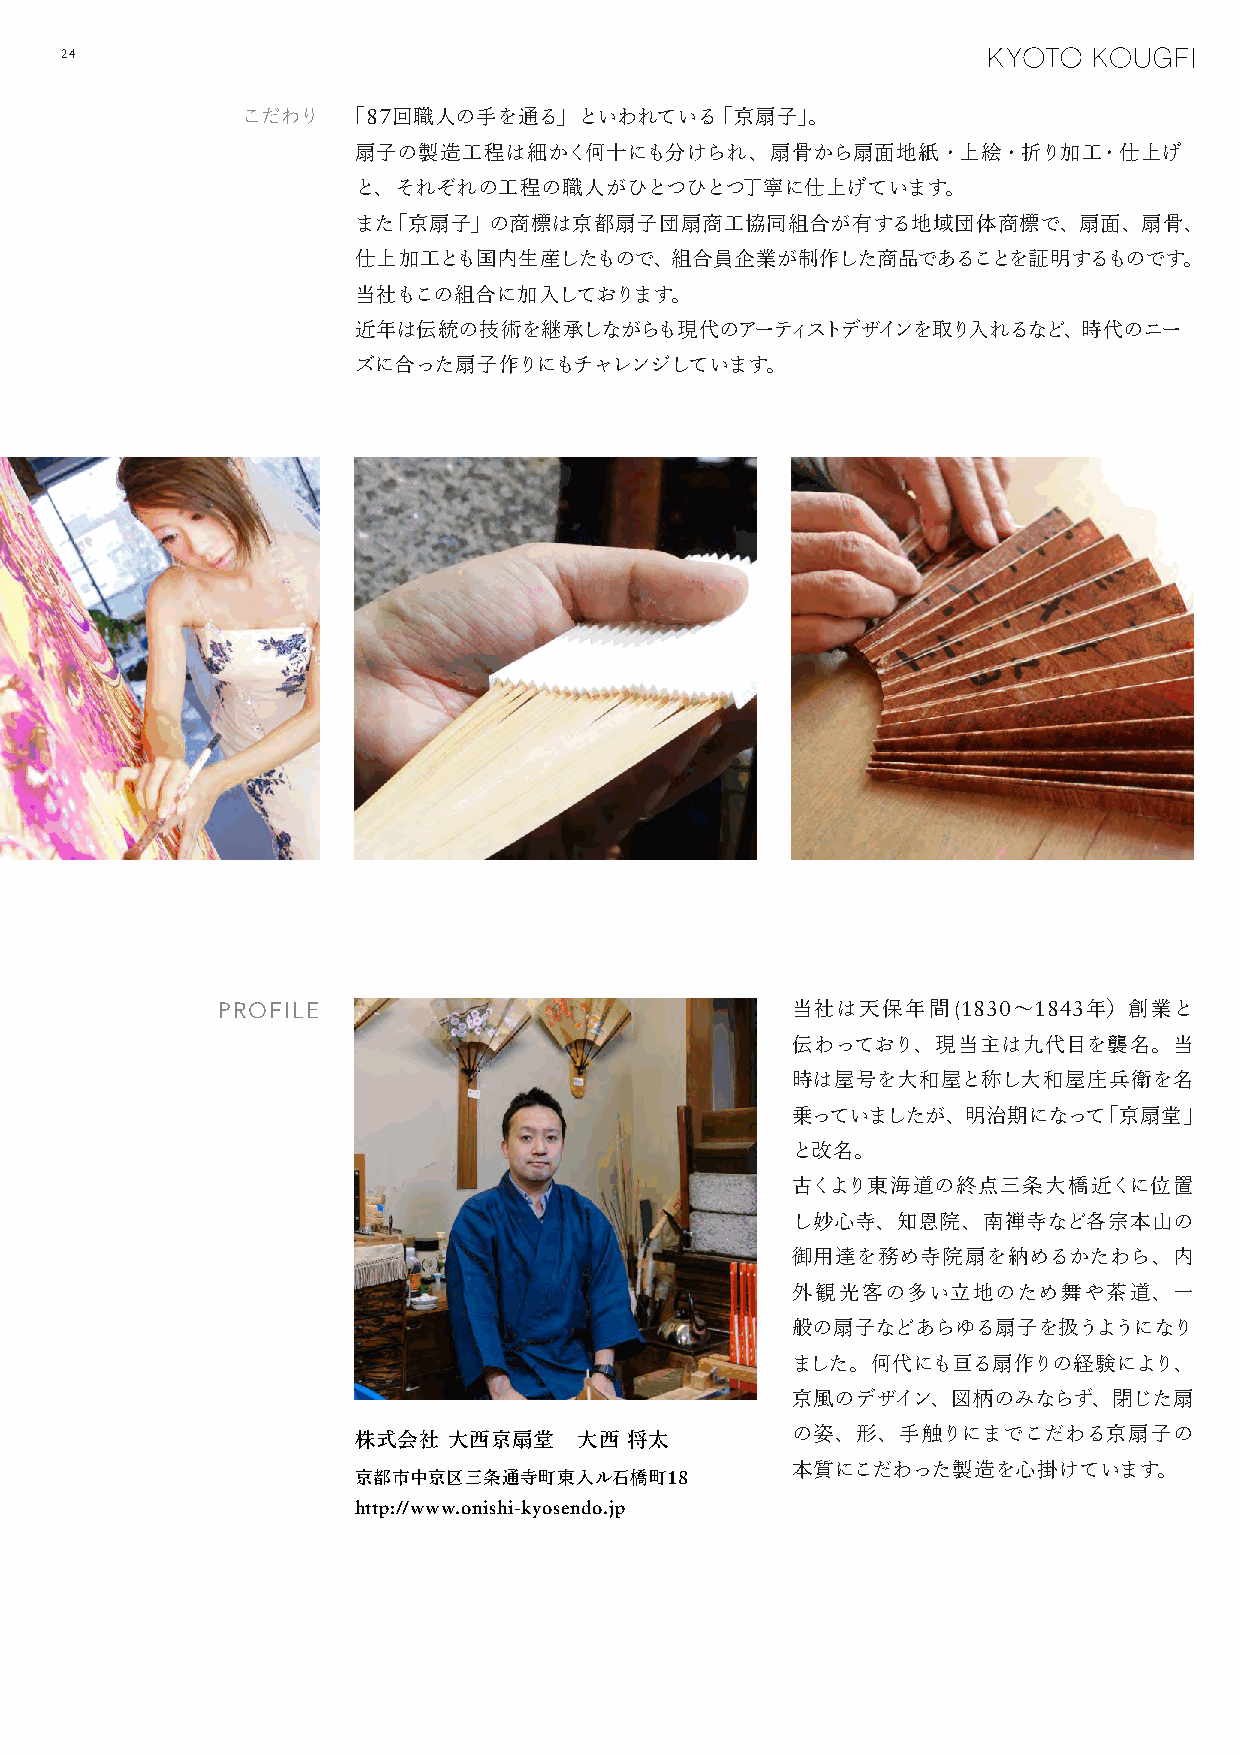
24
 こだわり   「87回職人の手を通る」といわれている「京扇子」。
 扇子の製造工程は細かく何十にも分けられ、扇骨から扇面地紙・上絵・折り加工・仕上げ
 と、それぞれの工程の職人がひとつひとつ丁寧に仕上げています。
 また「京扇子」の商標は京都扇子団扇商工協同組合が有する地域団体商標で、扇面、扇骨、
 仕上加工とも国内生産したもので、組合員企業が制作した商品であることを証明するものです。
 当社もこの組合に加入しております。
 近年は伝統の技術を継承しながらも現代のアーティストデザインを取り入れるなど、時代のニー
 ズに合った扇子作りにもチャレンジしています。
 PROFILE                               当社は天保年間(1830～1843年）創業と
 伝わっており、現当主は九代目を襲名。当
 時は屋号を大和屋と称し大和屋庄兵衛を名
 乗っていましたが、明治期になって「京扇堂」
 と改名。
 古くより東海道の終点三条大橋近くに位置
 し妙心寺、知恩院、南禅寺など各宗本山の
 御用達を務め寺院扇を納めるかたわら、内
 外観光客の多い立地のため舞や茶道、一
 般の扇子などあらゆる扇子を扱うようになり
 ました。何代にも亘る扇作りの経験により、
 京風のデザイン、図柄のみならず、閉じた扇
 株式会社   大西京扇堂   大西  将太
 の姿、形、手触りにまでこだわる京扇子の
 本質にこだわった製造を心掛けています。
 京都市中京区三条通寺町東入ル石橋町18
 http://www.onishi-kyosendo.jp